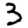
Digit: 3